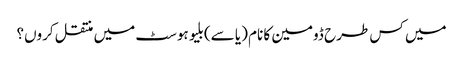
میں کس طرح ڈومین کا نام (یا سے) بلیو ہوسٹ میں منتقل کروں؟